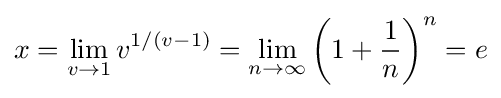
x=\lim _{v\to 1}v^{1/(v-1)}=\lim _{n\to \infty }\left(1+{\frac {1}{n}}\right)^{n}=e